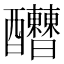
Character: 𨤇